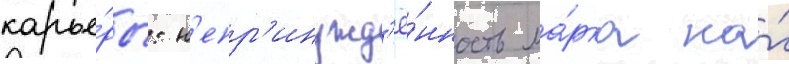
карье́ры: н'епр'инужд'ё́нность ма́рка на́